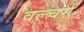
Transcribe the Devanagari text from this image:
वल्चर्स